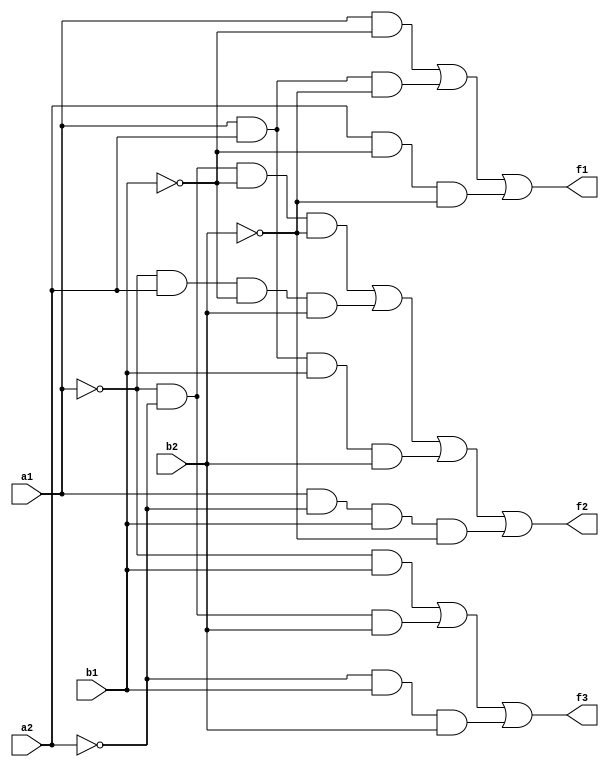
`timescale 1ns / 1ps
//////////////////////////////////////////////////////////////////////////////////
// Company: 
// Engineer: 
// 
// Design Name: 
// Module Name: twobitcomp
// Project Name: 
// Target Devices: 
// Tool Versions: 
// Description: 
// 
// Dependencies: 
// 
// Revision:
// Revision 0.01 - File Created
// Additional Comments:
// 
//////////////////////////////////////////////////////////////////////////////////


module twobitcomp(
    input a1,a2,b1,b2,
    output f1,f2,f3
    );
    //assign f1=a1&~b1||~(a1^b1)&&a2&~b2;
    //assign f2=~(a1^b1)&&~(a2^b2);
    //assign f3=~a1&b1||~(a1^b1)&&~a2&b2;
    assign f1=(a1&~b1) | (a1&a2&~b2) | (a2&~b1&~b2);
    assign f2=(~a1&~a2&~b1&~b2) | (~a1&a2&~b1&b2) | (a1&a2&b1&b2) | (a1&~a2&b1&~b2);
    assign f3=(~a1&b1) | (~a1&~a2&b2) | (~a2&b1&b2);
endmodule